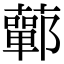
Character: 䕤